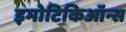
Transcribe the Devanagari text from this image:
इमोटिकिऑन्स